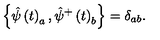
\left\{ \hat { \psi } \left( t \right) _ { a } , \hat { \psi } ^ { + } \left( t \right) _ { b } \right\} = \delta _ { a b } .